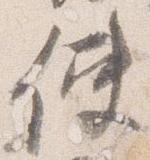
使